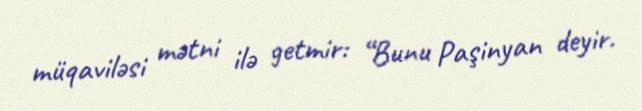
müqaviləsi mətni ilə getmir: “Bunu Paşinyan deyir.